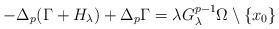
LaTeX: \begin{align*} -\Delta_p (\Gamma+H_\lambda)+\Delta_p \Gamma= \lambda G_\lambda^{p-1} \Omega \setminus \{x_0 \}\end{align*}